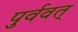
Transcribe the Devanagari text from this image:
पुर्ववत्